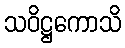
သဝိဋ္ဌကောသိ